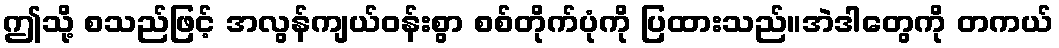
ဤသို့ စသည်ဖြင့် အလွန်ကျယ်ဝန်းစွာ စစ်တိုက်ပုံကို ပြထားသည်။အဲဒါတွေကို တကယ်